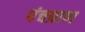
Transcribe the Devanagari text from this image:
पंचप्राण